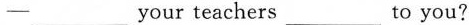
-___ your teachers ___ to you?